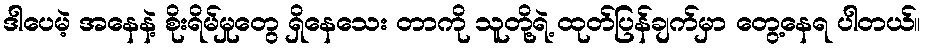
ဒါပေမဲ့ အနေနဲ့ စိုးရိမ်မှုတွေ ရှိနေသေး တာကို သူတို့ရဲ့ ထုတ်ပြန်ချက်မှာ တွေ့နေရ ပါတယ်။